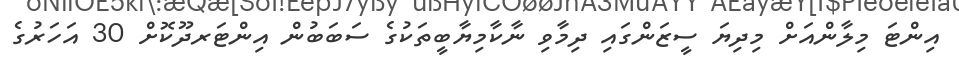
އިންޓަ މިލާންއަށް މިދިޔަ ސީޒަންގައި ދިމާވި ނާކާމިޔާބީތަކުގެ ސަބަބުން އިންޓަރދޫކޮށް 30 އަހަރުގެ